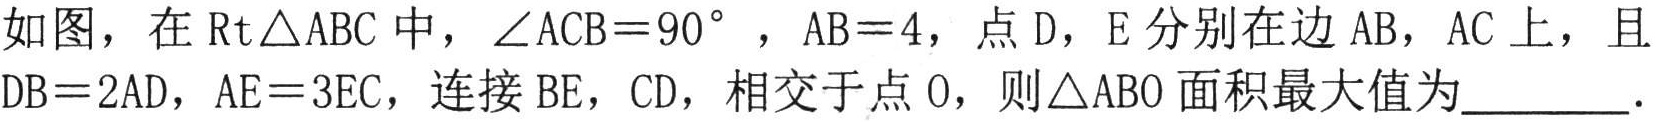
如图，在\(\text{Rt}\triangle ABC\)中，\(\angle ACB = 90^{\circ}\)，\(AB = 4\)，点\(D\)，\(E\)分别在边\(AB\)，\(AC\)上，且\(DB = 2AD\)，\(AE = 3EC\)，连接\(BE\)，\(CD\)，相交于点\(O\)，则\(\triangle ABO\)面积最大值为________．